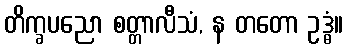
တိက္ခပညော စတ္တာလီသံ, န တတော ဥဒ္ဓံ။